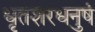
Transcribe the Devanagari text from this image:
धृतशरधनुषं